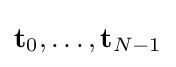
{\mathbf {t} }_{0},\dots ,{\mathbf {t} }_{N-1}